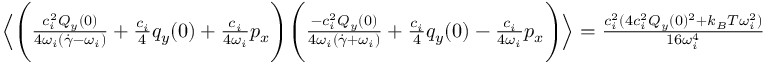
\begin{array} { r l } & { \Bigl \langle \Biggl ( \frac { c _ { i } ^ { 2 } Q _ { y } ( 0 ) } { 4 \omega _ { i } ( \dot { \gamma } - \omega _ { i } ) } + \frac { c _ { i } } { 4 } q _ { y } ( 0 ) + \frac { c _ { i } } { 4 \omega _ { i } } p _ { x } \Biggr ) \Biggl ( \frac { - c _ { i } ^ { 2 } Q _ { y } ( 0 ) } { 4 \omega _ { i } ( \dot { \gamma } + \omega _ { i } ) } + \frac { c _ { i } } { 4 } q _ { y } ( 0 ) - \frac { c _ { i } } { 4 \omega _ { i } } p _ { x } \Biggr ) \Bigr \rangle = \frac { c _ { i } ^ { 2 } ( 4 c _ { i } ^ { 2 } Q _ { y } ( 0 ) ^ { 2 } + k _ { B } T \omega _ { i } ^ { 2 } ) } { 1 6 \omega _ { i } ^ { 4 } } } \end{array}